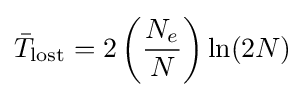
{\bar {T}}_{\text{lost}}=2\left({\frac {N_{e}}{N}}\right)\ln(2N)